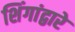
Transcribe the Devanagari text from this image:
शिंगांद्वारे